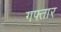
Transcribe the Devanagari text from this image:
गफ्तार